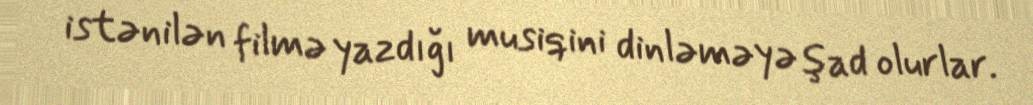
istənilən filmə yazdığı musiqini dinləməyə şad olurlar.